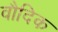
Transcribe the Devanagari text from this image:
वौदिक